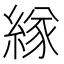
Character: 𦂁